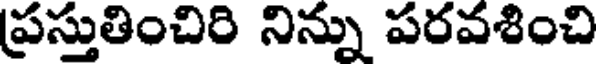
ప్రస్తుతించిరి నిన్ను పరవశించి